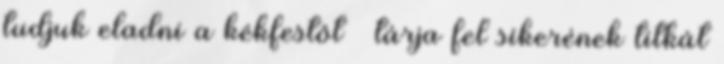
tudjuk eladni a kékfestôt – tárja fel sikerének titkát